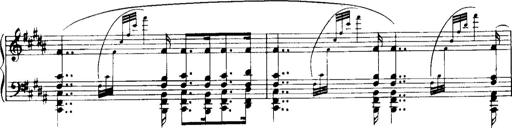
Title: Historische ungarische Bildnisse
Composer: Franz Liszt